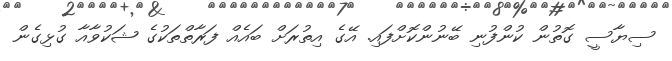
ސިޔާސީ ގޮތުން ކުންފުނި ބޭނުންކޮށްފައި. އޭގެ އިތުރަށް ބައެއް ފަރާތްތަކުގެ ޝަކުވާއާ ގުޅިގެން